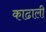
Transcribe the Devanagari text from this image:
काढाली